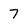
Character: 7